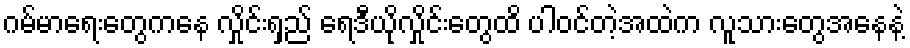
ဂမ်မာရေးတွေကနေ လှိုင်းရှည် ရေဒီယိုလှိုင်းတွေထိ ပါဝင်တဲ့အထဲက လူသားတွေအနေနဲ့